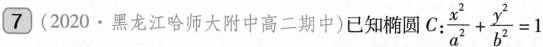
7 (2020 · 黑龙江哈师大附中高二期中)已知椭圆 C: $$\frac{x^{2}} {a^{2}} + \frac{y^{2}} {b^{2}} = 1$$